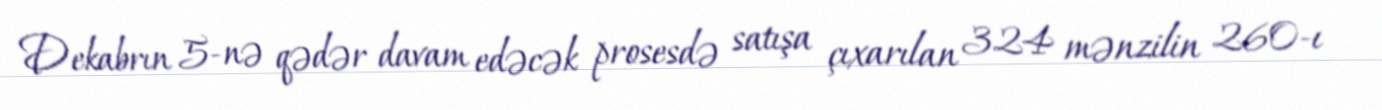
Dekabrın 5-nə qədər davam edəcək prosesdə satışa çıxarılan 324 mənzilin 260-ı